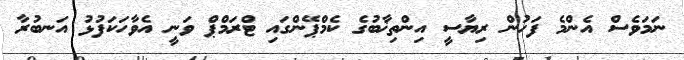
ނަމަވެސް އެންމެ ފަހުން ރިޔާސީ އިންތިޚާބުގެ ކެމްޕޭންގައި ޓްރަމްޕް ވަނީ އެވާހަކަފުޅު އަނބުރާ